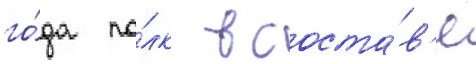
го́да по́лк в соста́в'е